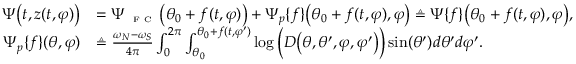
\begin{array} { r l } { \Psi \big ( t , z ( t , \varphi ) \big ) } & { = \Psi _ { \textnormal { \tiny { F C } } } \big ( \theta _ { 0 } + f ( t , \varphi ) \big ) + \Psi _ { p } \{ f \} \big ( \theta _ { 0 } + f ( t , \varphi ) , \varphi \big ) \triangleq \Psi \{ f \} \big ( \theta _ { 0 } + f ( t , \varphi ) , \varphi \big ) , } \\ { \Psi _ { p } \{ f \} ( \theta , \varphi ) } & { \triangleq \frac { \omega _ { N } - \omega _ { S } } { 4 \pi } \int _ { 0 } ^ { 2 \pi } \int _ { \theta _ { 0 } } ^ { \theta _ { 0 } + f ( t , \varphi ^ { \prime } ) } \log \Big ( D \big ( \theta , \theta ^ { \prime } , \varphi , \varphi ^ { \prime } \big ) \Big ) \sin ( \theta ^ { \prime } ) d \theta ^ { \prime } d \varphi ^ { \prime } . } \end{array}